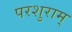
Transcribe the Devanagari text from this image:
परशुराम्